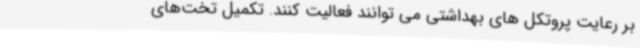
بر رعایت پروتکل های بهداشتی می توانند فعالیت کنند. تکمیل تخت‌های